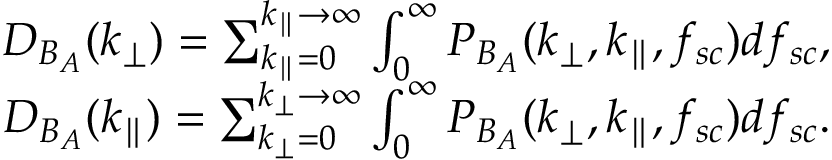
\begin{array} { r } { D _ { B _ { A } } ( k _ { \perp } ) = \sum _ { k _ { \parallel } = 0 } ^ { k _ { \parallel } \rightarrow \infty } \int _ { 0 } ^ { \infty } P _ { B _ { A } } ( k _ { \perp } , k _ { \parallel } , f _ { s c } ) d f _ { s c } , } \\ { D _ { B _ { A } } ( k _ { \parallel } ) = \sum _ { k _ { \perp } = 0 } ^ { k _ { \perp } \rightarrow \infty } \int _ { 0 } ^ { \infty } P _ { B _ { A } } ( k _ { \perp } , k _ { \parallel } , f _ { s c } ) d f _ { s c } . } \end{array}